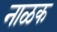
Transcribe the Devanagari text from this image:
नाळक